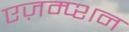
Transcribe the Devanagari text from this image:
एज़म्प्शन